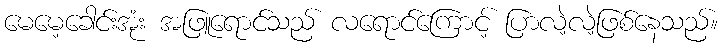
မေမေ့ခေါင်းအုံး အဖြူရောင်သည် လရောင်ကြောင့် ပြာလဲ့လဲ့ဖြစ်နေသည်။